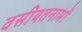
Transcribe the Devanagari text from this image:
वसीयतनामों